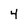
Character: 4